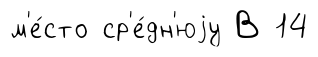
м'е́сто ср'е́дн'юjу В 14